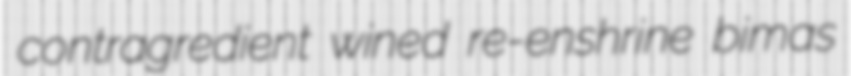
contragredient wined re-enshrine bimas